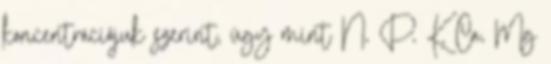
koncentrációjuk szerint, úgy mint N, P, K, Ca, Mg